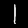
Digit: 1